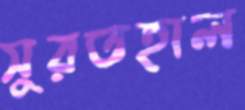
সুরতহাল